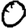
Digit: 0